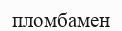
пломбамен